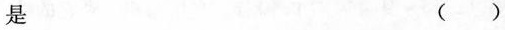
是 ( )